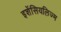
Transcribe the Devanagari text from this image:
इशेंसियलिज्म